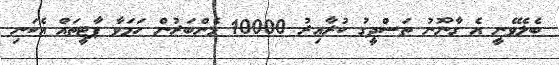
ބެލެވޭނީ އެ ގާނޫނު ތަސްދީގު ކުރާއިރު 10000 މެންބަރުން ހަމަވާ ޕާޓީތައް އެކަނި